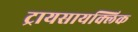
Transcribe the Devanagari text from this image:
ट्रायसायक्लिक